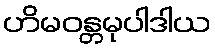
ဟိမဝန္တမုပါဒါယ